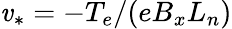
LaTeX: \mathit{v}_{*}=-T_{e}/(eB_{x}L_{n})